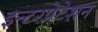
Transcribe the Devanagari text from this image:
इन्टरप्रेटेशन